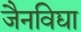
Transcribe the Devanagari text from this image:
जैनविद्या